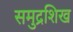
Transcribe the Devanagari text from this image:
समुद्रशिख